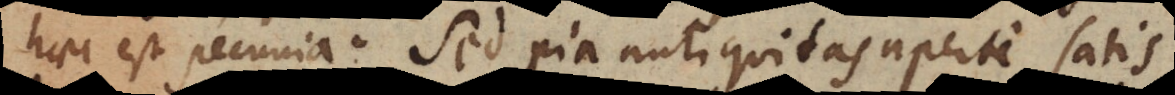
haec est pecunia. Sed pia antiquitas aperte satis